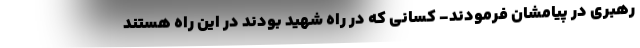
رهبری در پیامشان فرمودند- کسانی که در راه شهید بودند در این راه هستند